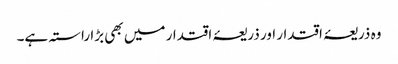
وہ ذریعۂ اقتدار اور ذریعۂ اقتدار میں بھی بڑا راستہ ہے۔